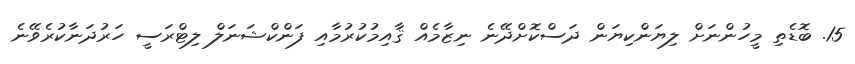
15. ބޮޑެތި މީހުންނަށް ލިޔަންކިޔަން ދަސްކޮށްދޭނެ ނިޒާމެއް ޤާއިމުކުރުމާއި ފަންކްޝަނަލް ލިޓްރަސީ ހަރުދަނާކުރެވޭނެ